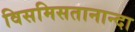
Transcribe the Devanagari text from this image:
विसमिसतानान्दा